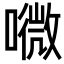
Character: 𡀎